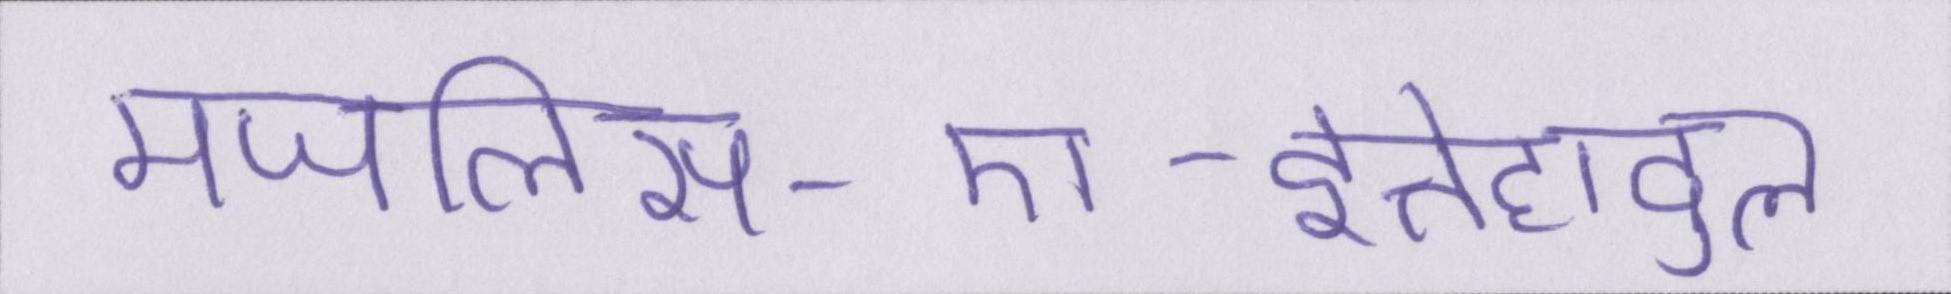
मजलिस-ए-इत्तेहादुल